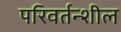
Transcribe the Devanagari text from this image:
परिवर्तन्शील